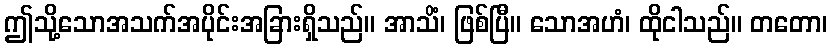
ဤသို့သောအသက်အပိုင်းအခြားရှိသည်။ အာသိံ၊ ဖြစ်ပြီ။ သောအဟံ၊ ထိုငါသည်။ တတော၊